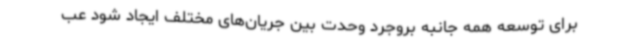
برای توسعه همه جانبه بروجرد وحدت بین جریان‌های مختلف ایجاد شود عب